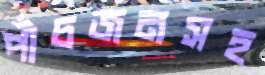
পাঁচজনসহ